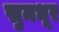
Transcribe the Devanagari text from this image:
सुमधूर